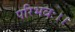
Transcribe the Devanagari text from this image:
परिभवः।।